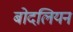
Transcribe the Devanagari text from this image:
बोदलियन